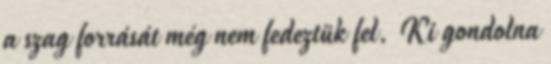
a szag forrását még nem fedeztük fel. Ki gondolna